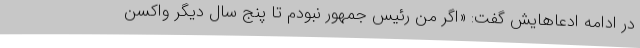
در ادامه ادعاهایش گفت: «اگر من رئیس جمهور نبودم تا پنج سال دیگر واکسن